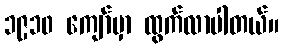
၁၉၁၀ ကျော်မှာ ထွက်လာပါတယ်။